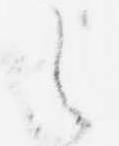
之